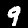
Label: 9